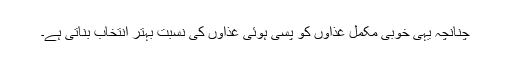
چنانچہ یہی خوبی مکمل غذاؤں کو پسی ہوئی غذاؤں کی نسبت بہتر انتخاب بناتی ہے۔